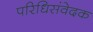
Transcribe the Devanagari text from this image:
परिधिसंवेदक